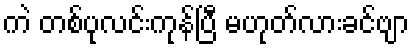
ကဲ တစ်ပုလင်းကုန်ပြီ မဟုတ်လားခင်ဗျာ